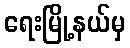
ရေးမြို့နယ်မှ